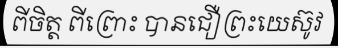
ពីចិត្ត ពីព្រោះ បានជឿព្រះយេស៊ូវ